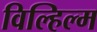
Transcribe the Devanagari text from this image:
विल्हिल्म